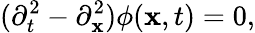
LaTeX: (\partial_{t}^{2}-\partial_{\mathbf{x}}^{2})\phi(\mathbf{x},t)=0,